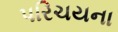
પરિચયના